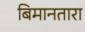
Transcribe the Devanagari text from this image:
बिमानतारा